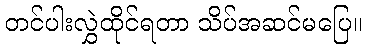
တင်ပါးလွှဲထိုင်ရတာ သိပ်အဆင်မပြေ။